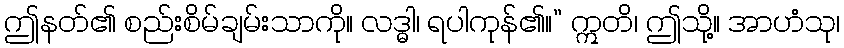
ဤနတ်၏ စည်းစိမ်ချမ်းသာကို။ လဒ္ဓါ၊ ရပါကုန်၏။” ဣတိ၊ ဤသို့။ အာဟံသု၊